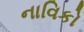
નાવિકો